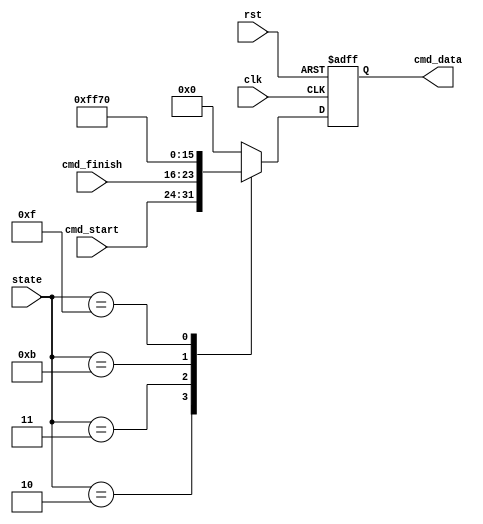
module write_cmd(
	input clk,rst,
	input [7:0] cmd_start,cmd_finish,
	input [4:0] state,
	output reg [7:0] cmd_data
    );


	always @(posedge clk or posedge rst)
		begin
			if(rst)
			begin
				cmd_data <= 0;
			end
			else
			begin
				case(state)
				2:						// 
				begin
					cmd_data <= cmd_start[7:0];	//
				end
				3:
				begin
					cmd_data <= cmd_finish[7:0]; //
				end
				11:									//
				begin
					cmd_data <= 8'hFF;
				end
				15:									//
				begin
					cmd_data <= 8'h70;			
				end
				default
					cmd_data <= 8'h00;
				endcase
			end
		end


endmodule